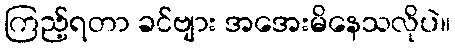
ကြည့်ရတာ ခင်ဗျား အအေးမိနေသလိုပဲ။